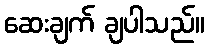
ဆေးချက် ချပါသည်။